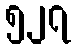
၅၂၇